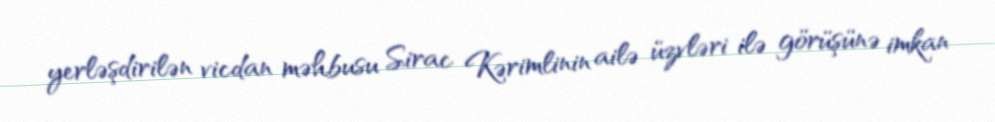
yerləşdirilən vicdan məhbusu Sirac Kərimlinin ailə üzvləri ilə görüşünə imkan